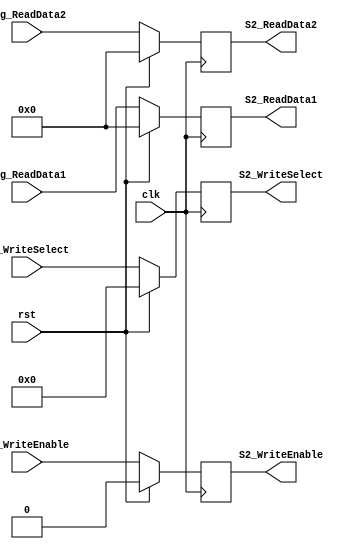
`timescale 1ns / 1ns
//////////////////////////////////////////////////////////////////////////////////
// Company: 
// Engineer: 
// 
// Design Name: 
// Module Name:    S2_Register 
// Project Name: 
// Target Devices: 
// Tool versions: 
// Description: 
//
// Dependencies: 
//
// Revision: 
// Revision 0.01 - File Created
// Additional Comments: 
//
//////////////////////////////////////////////////////////////////////////////////
module S2_Register(
	input clk,
	input rst,
	input [31:0] Reg_ReadData1,
	input [31:0] Reg_ReadData2,
	input [4:0] S1_WriteSelect,
	input S1_WriteEnable,
	output reg [31:0] S2_ReadData1,
	output reg [31:0] S2_ReadData2,
	output reg [4:0] S2_WriteSelect,
	output reg S2_WriteEnable
   );

	always@(posedge clk)
		begin
		if (rst)
			begin
			S2_ReadData1	<= 32'd0;
			S2_ReadData2	<= 32'd0;
			S2_WriteSelect <= 5'd0;
			S2_WriteEnable <= 1'b0;
			end
		else
			begin
			S2_ReadData1	<= Reg_ReadData1;
			S2_ReadData2	<= Reg_ReadData2;
			S2_WriteSelect <= S1_WriteSelect;
			S2_WriteEnable <= S1_WriteEnable;
			end
		end

endmodule